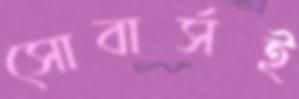
সোবার্সই